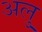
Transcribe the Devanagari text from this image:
अलु